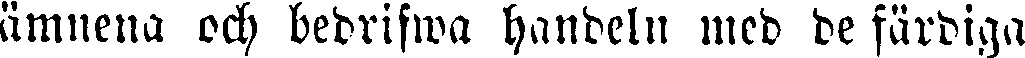
ämnena och bedrifwa handeln med de färdiga